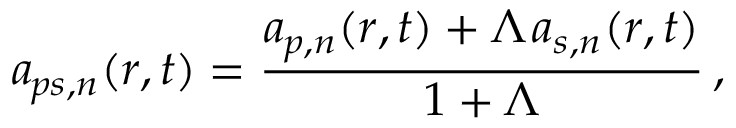
\boldsymbol { a } _ { \! \; \! p s , n } ( \boldsymbol { r } , t ) = \frac { \boldsymbol { a } _ { \! \; \! p , n } ( \boldsymbol { r } , t ) + \Lambda \! \; \! \, \boldsymbol { a } _ { s , n } ( \boldsymbol { r } , t ) } { 1 + \Lambda } \, ,